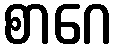
စာဂေ